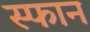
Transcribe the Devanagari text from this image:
स्फान